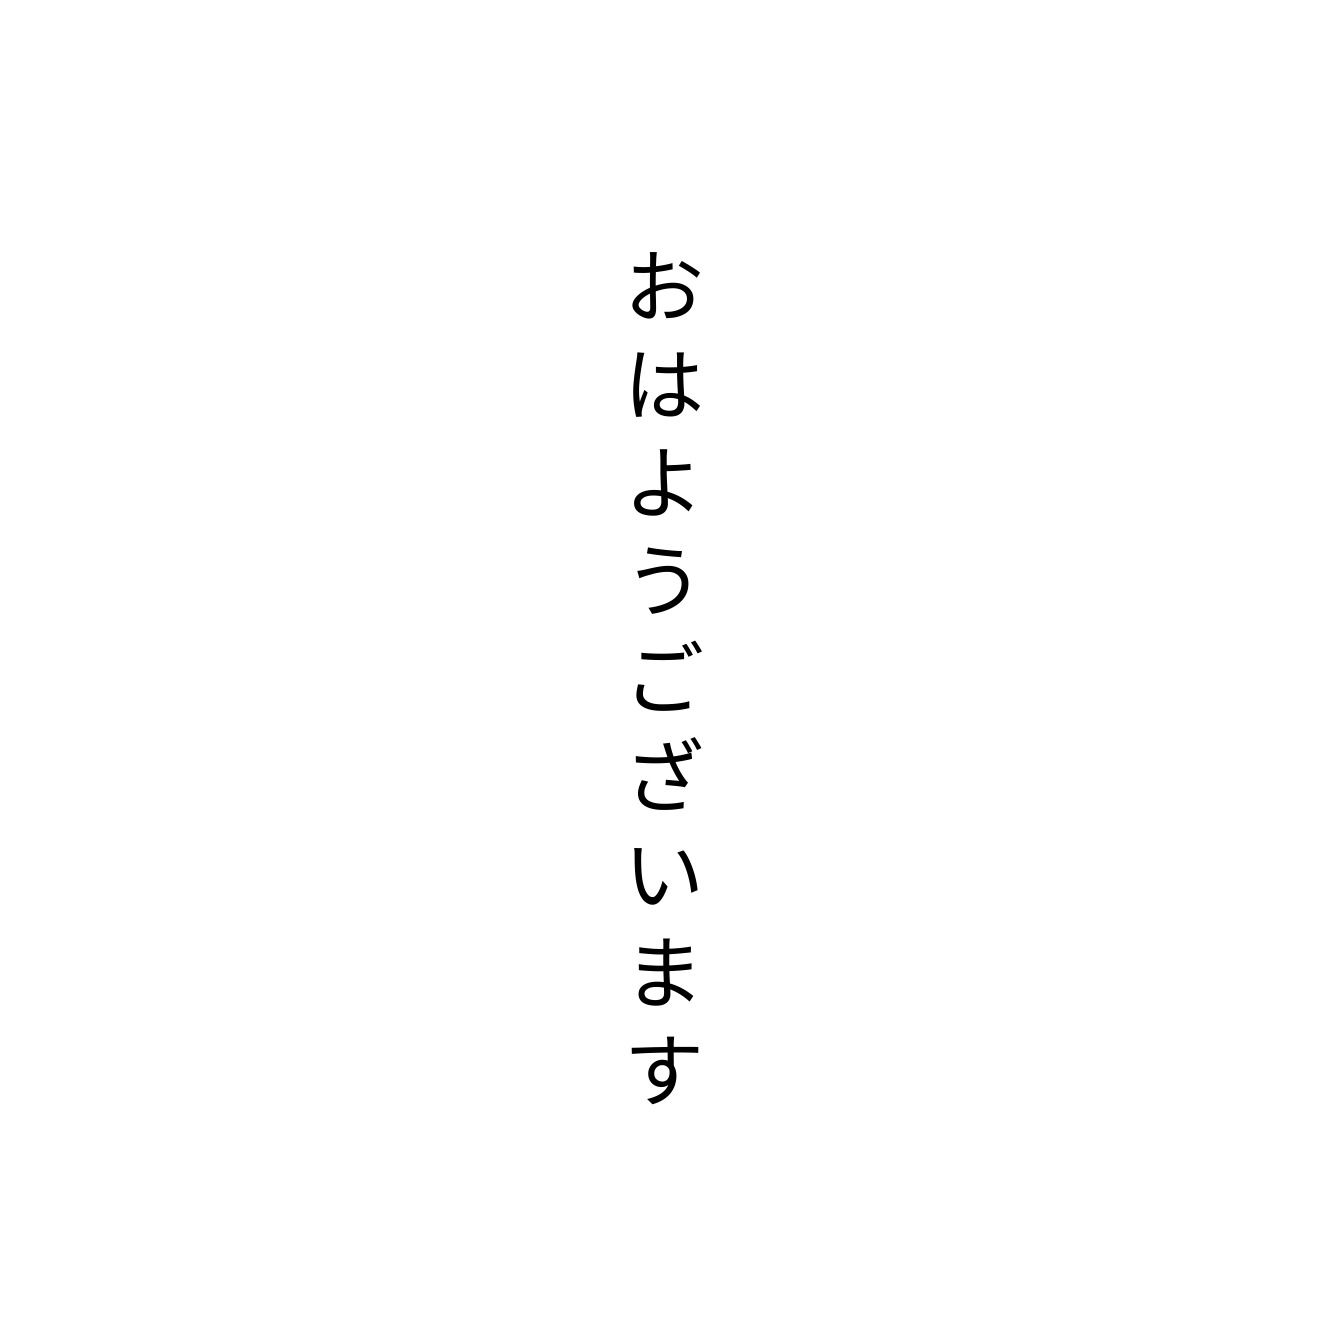
おはようございます